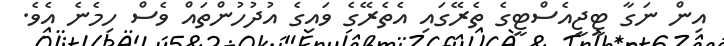
އިން ނަގާ ޓީޖީއެސްޓީގެ ތެރޭގައި އެތެރޭގެ ވައިގެ އުދުހުންތައް ވެސް ހިމެނެ އެވެ.